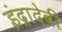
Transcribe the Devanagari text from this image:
इंद्रादेवी